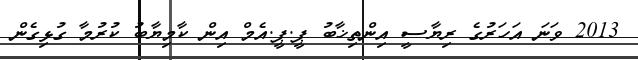
2013 ވަނަ އަހަރުގެ ރިޔާސީ އިންތިޚާބު ޕީ.ޕީ.އެމް އިން ކާމިޔާބު ކުރުމާ ގުޅިގެން